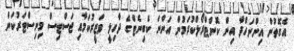
އެގޮތުން އިންނަހްދާ އިން ކޮންޓްރޯލްކުރަމުން އަންނަ ކެބިނެޓްގެ ދާހިލީ ވަޒީރުކަމާއި ޖަސްޓިސް މިނިސްޓަރުކަން